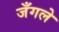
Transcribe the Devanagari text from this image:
जँगले